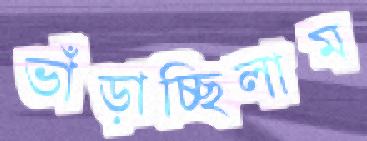
ভাঁড়াচ্ছিলাম